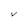
Character: V